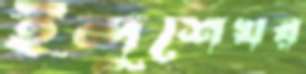
ইন্দুশেখর